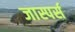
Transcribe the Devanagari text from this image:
जास्पर्स